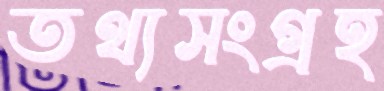
তথ্যসংগ্রহ